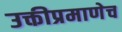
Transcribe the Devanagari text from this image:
उक्तीप्रमाणेच